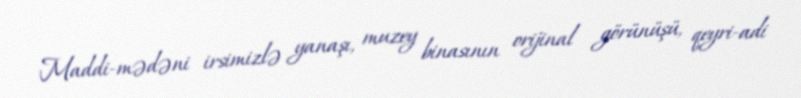
Maddi-mədəni irsimizlə yanaşı, muzey binasının orijinal görünüşü, qeyri-adi